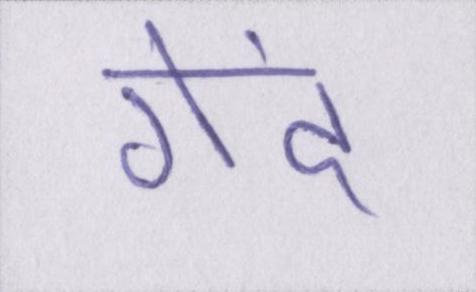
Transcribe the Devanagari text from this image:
गेंद